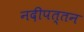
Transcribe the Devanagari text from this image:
नदीपत्तन